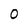
Character: 0